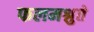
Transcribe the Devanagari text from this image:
फलमश्नुते